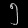
Digit: ၅